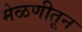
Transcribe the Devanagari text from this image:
मेळणीतून